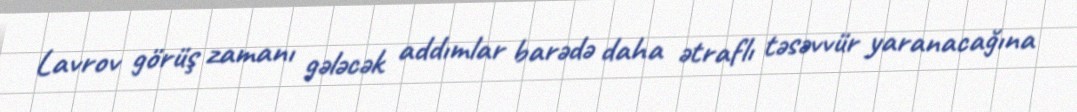
Lavrov görüş zamanı gələcək addımlar barədə daha ətraflı təsəvvür yaranacağına